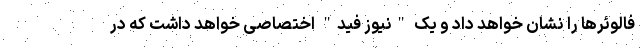
فالوئرها را نشان خواهد داد و یک "نیوز فید" اختصاصی خواهد داشت که در